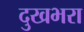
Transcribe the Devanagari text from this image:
दुखभरा